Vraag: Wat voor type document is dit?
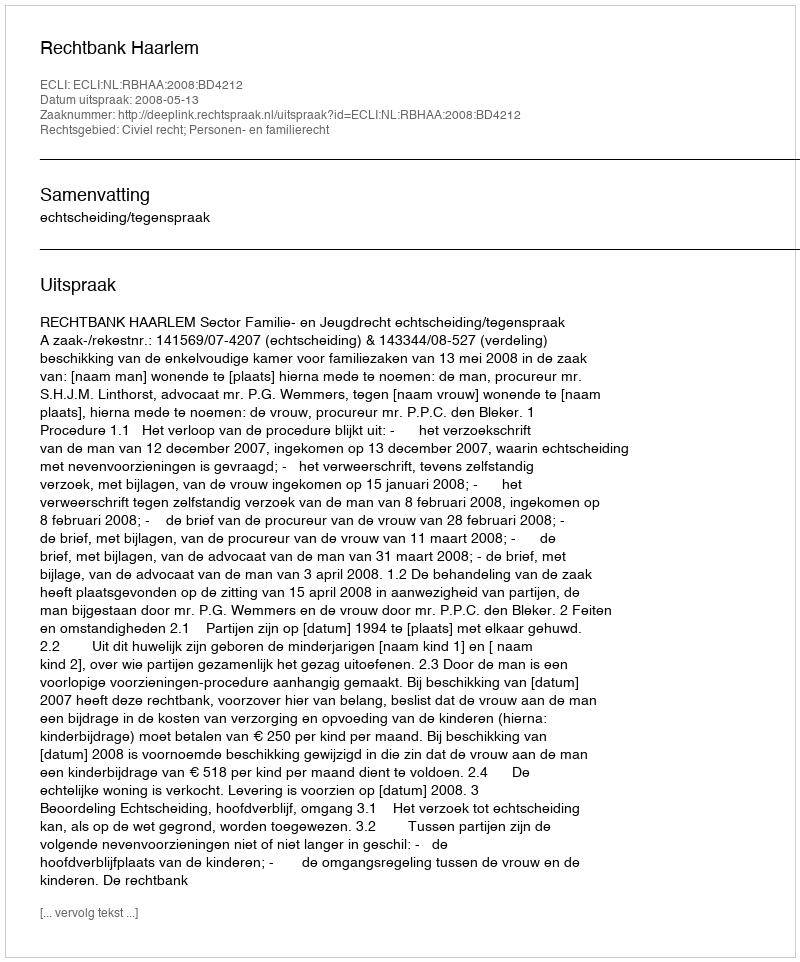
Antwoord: Uitspraak